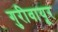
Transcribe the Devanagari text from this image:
गुरीवायूर